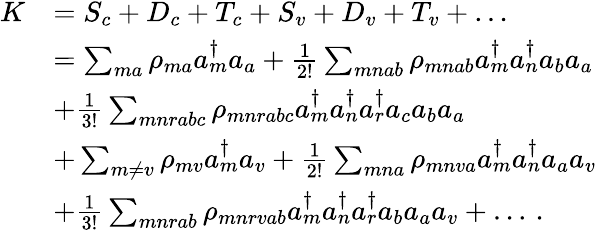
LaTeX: \begin{array}{rl}{K}&{=S_{c}+D_{c}+T_{c}+S_{v}+D_{v}+T_{v}+\ldots}\\ &{=\sum_{ma}\rho_{ma}a_{m}^{\dagger}a_{a}+\frac{1}{2!}\sum_{mnab}\rho_{mnab}a_{m}^{\dagger}a_{n}^{\dagger}a_{b}a_{a}}\\ &{+\frac{1}{3!}\sum_{mnrabc}\rho_{mnrabc}a_{m}^{\dagger}a_{n}^{\dagger}a_{r}^{\dagger}a_{c}a_{b}a_{a}}\\ &{+\sum_{m\neq v}\rho_{mv}a_{m}^{\dagger}a_{v}+\frac{1}{2!}\sum_{mna}\rho_{mnva}a_{m}^{\dagger}a_{n}^{\dagger}a_{a}a_{v}}\\ &{+\frac{1}{3!}\sum_{mnrab}\rho_{mnrvab}a_{m}^{\dagger}a_{n}^{\dagger}a_{r}^{\dagger}a_{b}a_{a}a_{v}+\ldots\, .}\end{array}